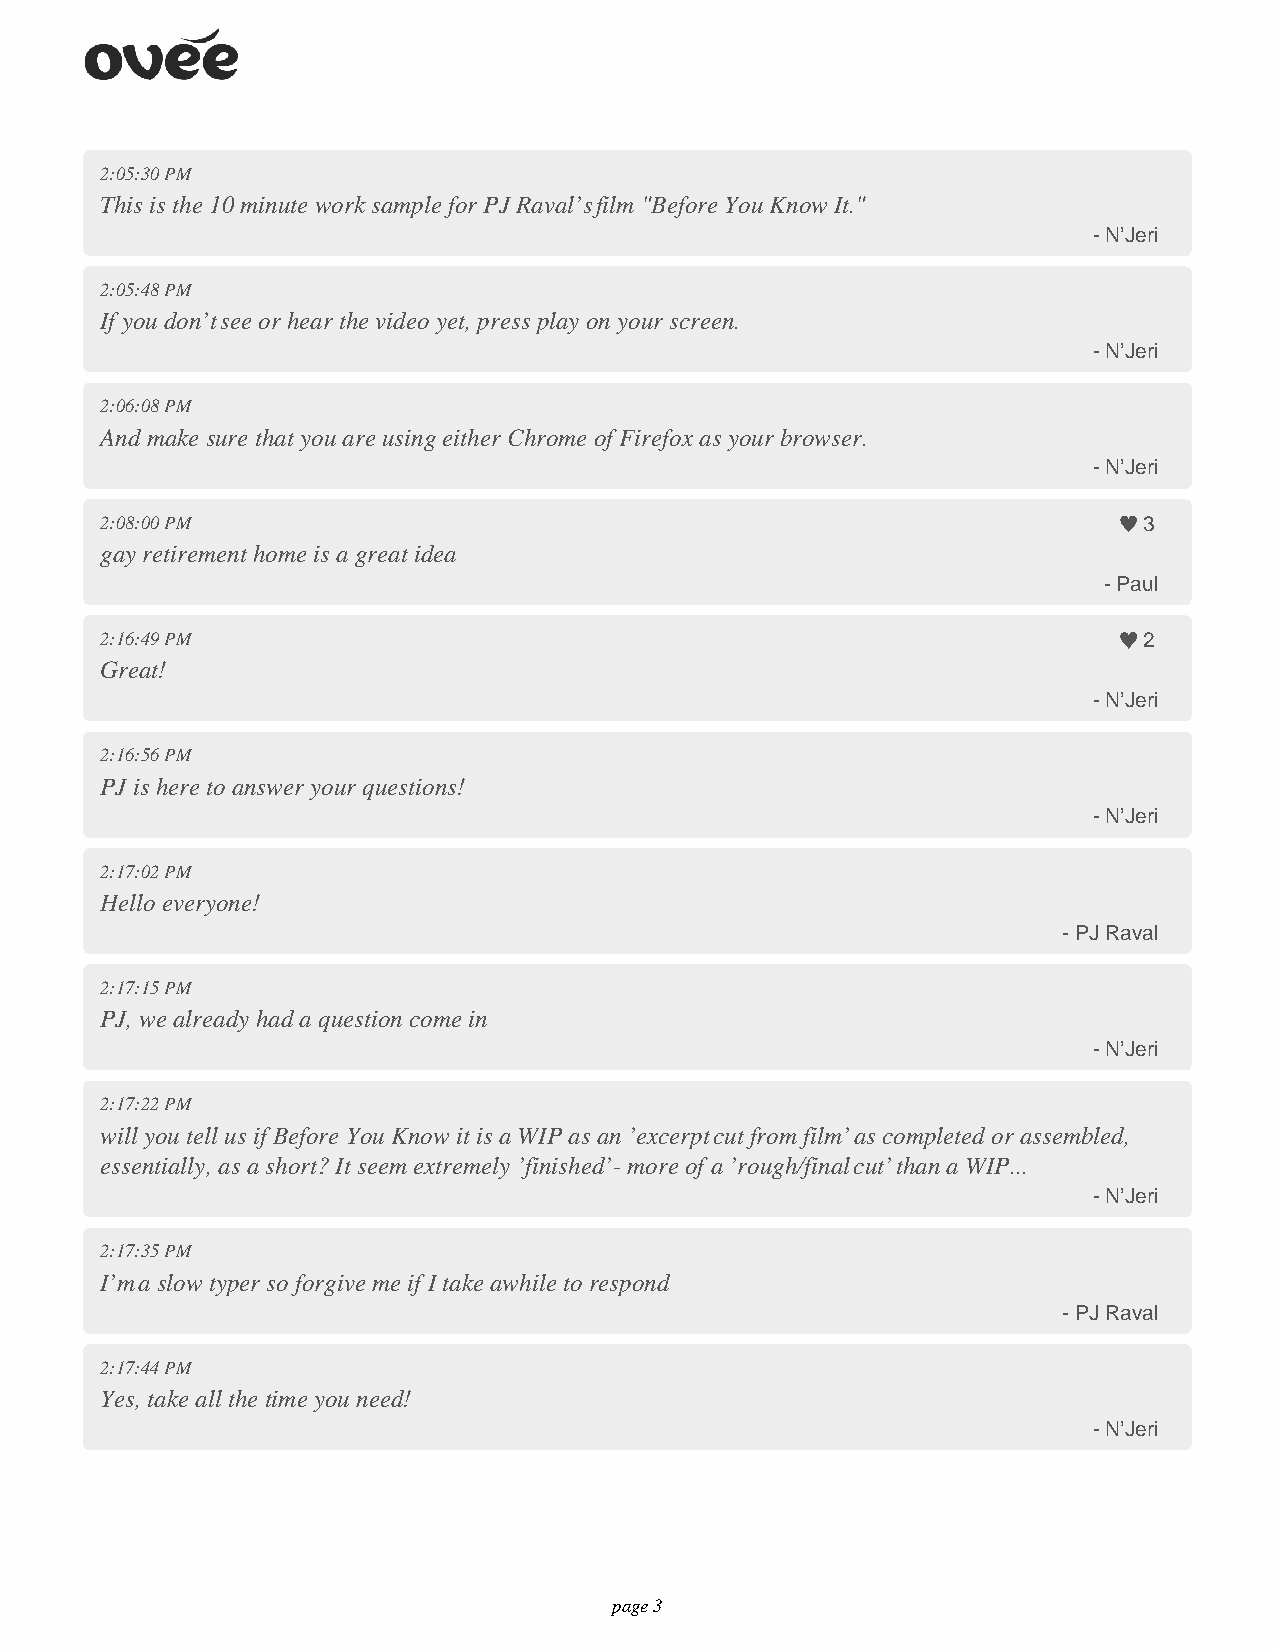
2:05:30 PM
 This is the 10 minute work sample for PJ Raval’s film "Before You Know It."
 - N’Jeri
 2:05:48 PM
 If you don’t see or hear the video yet, press play on your screen.
 - N’Jeri
 2:06:08 PM
 And make sure that you are using either Chrome of Firefox as your browser.
 - N’Jeri
 2:08:00 PM                                                           3
 gay retirement home is a great idea
 - Paul
 2:16:49 PM                                                           2
 Great!
 - N’Jeri
 2:16:56 PM
 PJ is here to answer your questions!
 - N’Jeri
 2:17:02 PM
 Hello everyone!
 - PJ Raval
 2:17:15 PM
 PJ, we already had a question come in
 - N’Jeri
 2:17:22 PM
 will you tell us if Before You Know it is a WIP as an ’excerpt cut from film’ as completed or assembled,
 essentially, as a short? It seem extremely ’finished’ - more of a ’rough/final cut’ than a WIP...
 - N’Jeri
 2:17:35 PM
 I’m a slow typer so forgive me if I take awhile to respond
 - PJ Raval
 2:17:44 PM
 Yes, take all the time you need!
 - N’Jeri
 page 3